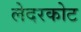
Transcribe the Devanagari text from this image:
लेदरकोट